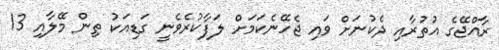
ރާއްޖޭގެ އުތުރާއި ދެކުނަށް ވައި ޖެހޭނެކަމަށް ލަފާކުރެވެނީ ގަޑިއަކު ތިން މޭލާއި 13